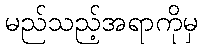
မည်သည့်အရာကိုမှ